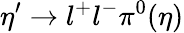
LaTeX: \eta^{\prime}\rightarrow l^{+}l^{-}\pi^{0}(\eta)